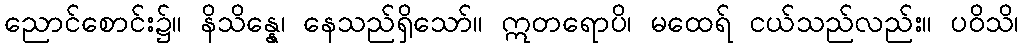
ညောင်စောင်း၌။ နိသိန္နေ၊ နေသည်ရှိသော်။ ဣတရောပိ၊ မထေရ် ငယ်သည်လည်း။ ပဝိသိ၊